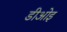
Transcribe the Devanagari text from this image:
डीओइ